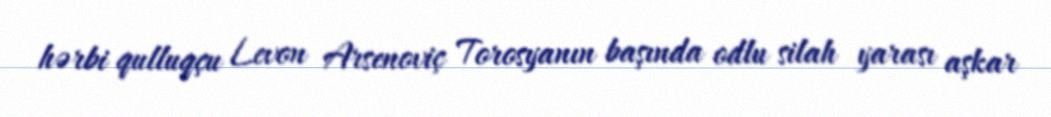
hərbi qulluqçu Levon Arsenoviç Torosyanın başında odlu silah yarası aşkar